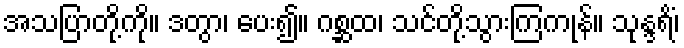
အသပြာတို့ကို။ ဒတွာ၊ ပေး၍။ ဂစ္ဆထ၊ သင်တို့သွားကြကုန်။ သုန္ဒရိံ၊